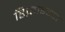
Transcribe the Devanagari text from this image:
डिफ़ाइन्ग